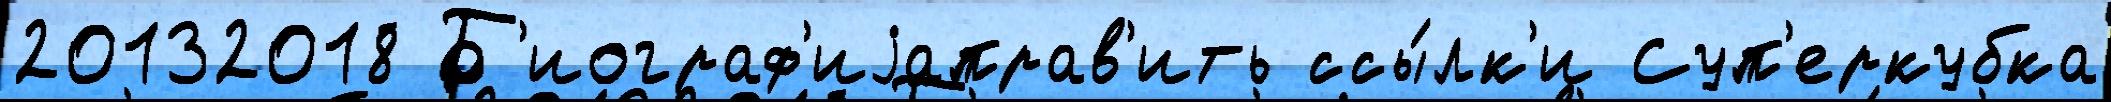
20132018 Б'иограф'иjаправ'ить ссы́лк'и Суп'еркубка